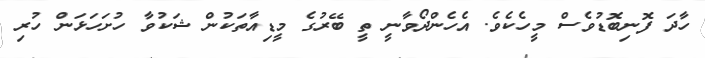
ހާދަ ފޮނިބޮޑުވެސް މީހެކެވެ. އެހެންދޯވާނީ ތީ ބޭރުގެ މީޑިއާތަކުން ޝަކުވާ ހުށަހަޅަން ހުރި